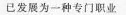
已发展为一种专门职业